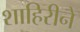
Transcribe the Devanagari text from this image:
शाहिरीने